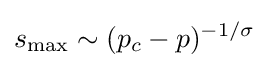
s_{\max }\sim (p_{c}-p)^{-1/\sigma }